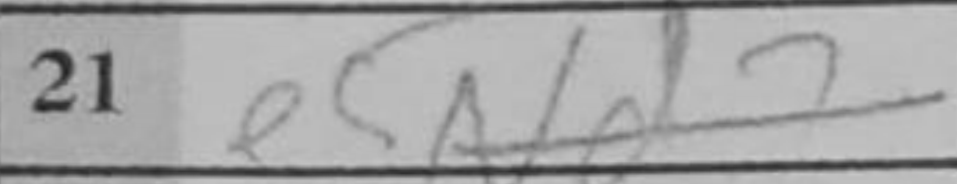
Transcription: e5